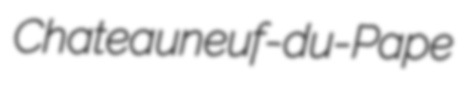
Chateauneuf-du-Pape